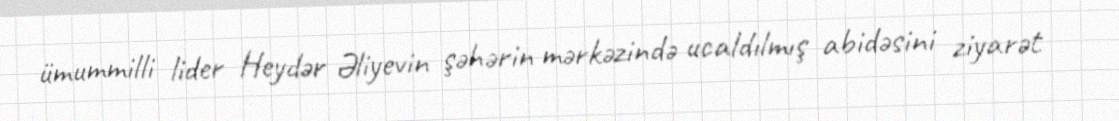
ümummilli lider Heydər Əliyevin şəhərin mərkəzində ucaldılmış abidəsini ziyarət